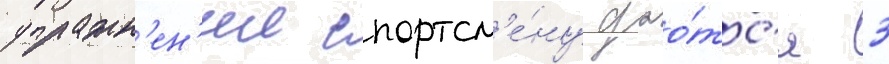
упражн'ен'ии спортсм'е́ну дао́тс'я 3